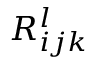
R _ { i j k } ^ { l }